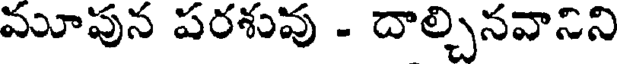
మూపున పరశువు - దాల్చినవానిని